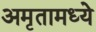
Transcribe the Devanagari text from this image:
अमृतामध्ये